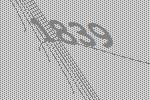
1839